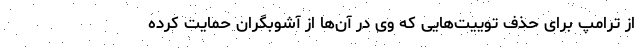
از ترامپ برای حذف توییت‌هایی که وی در آن‌ها از آشوبگران حمایت کرده